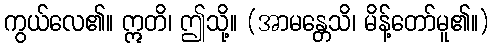
ကွယ်လေ၏။ ဣတိ၊ ဤသို့။ (အာမန္တေသိ၊ မိန့်တော်မူ၏။)